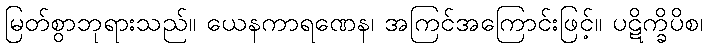
မြတ်စွာဘုရားသည်။ ယေနကာရဏေန၊ အကြင်အကြောင်းဖြင့်။ ပဋိက္ခိပိစ၊